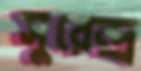
সুরেন্দ্র